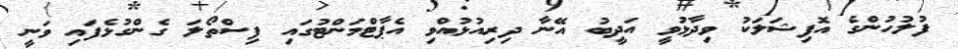
ފުލުހުންގެ އޮފިޝަލަކު ވިދާޅުވީ އަދީބު އޭނާ ދިރިއުޅުއްވި އެޕާޓްމަންޓުގައި ފިސްތޯލަ ގެންގުޅެފައި ވަނީ